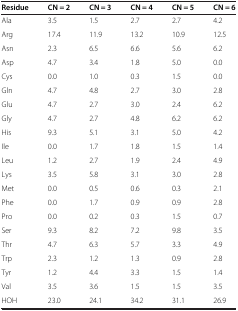
<table><thead><tr><td><b>Residue</b></td><td><b>CN?=?2</b></td><td><b>CN?=?3</b></td><td><b>CN?=?4</b></td><td><b>CN?=?5</b></td><td><b>CN?=?6</b></td></tr></thead><tbody><tr><td>Ala</td><td>3.5</td><td>1.5</td><td>2.7</td><td>2.7</td><td>4.2</td></tr><tr><td>Arg</td><td>17.4</td><td>11.9</td><td>13.2</td><td>10.9</td><td>12.5</td></tr><tr><td>Asn</td><td>2.3</td><td>6.5</td><td>6.6</td><td>5.6</td><td>6.2</td></tr><tr><td>Asp</td><td>4.7</td><td>3.4</td><td>1.8</td><td>5.0</td><td>0.0</td></tr><tr><td>Cys</td><td>0.0</td><td>1.0</td><td>0.3</td><td>1.5</td><td>0.0</td></tr><tr><td>Gln</td><td>4.7</td><td>4.8</td><td>2.7</td><td>3.0</td><td>2.8</td></tr><tr><td>Glu</td><td>4.7</td><td>2.7</td><td>3.0</td><td>2.4</td><td>6.2</td></tr><tr><td>Gly</td><td>4.7</td><td>2.7</td><td>4.8</td><td>6.2</td><td>6.2</td></tr><tr><td>His</td><td>9.3</td><td>5.1</td><td>3.1</td><td>5.0</td><td>4.2</td></tr><tr><td>Ile</td><td>0.0</td><td>1.7</td><td>1.8</td><td>1.5</td><td>1.4</td></tr><tr><td>Leu</td><td>1.2</td><td>2.7</td><td>1.9</td><td>2.4</td><td>4.9</td></tr><tr><td>Lys</td><td>3.5</td><td>5.8</td><td>3.1</td><td>3.0</td><td>2.8</td></tr><tr><td>Met</td><td>0.0</td><td>0.5</td><td>0.6</td><td>0.3</td><td>2.1</td></tr><tr><td>Phe</td><td>0.0</td><td>1.7</td><td>0.9</td><td>0.9</td><td>2.8</td></tr><tr><td>Pro</td><td>0.0</td><td>0.2</td><td>0.3</td><td>1.5</td><td>0.7</td></tr><tr><td>Ser</td><td>9.3</td><td>8.2</td><td>7.2</td><td>9.8</td><td>3.5</td></tr><tr><td>Thr</td><td>4.7</td><td>6.3</td><td>5.7</td><td>3.3</td><td>4.9</td></tr><tr><td>Trp</td><td>2.3</td><td>1.2</td><td>1.3</td><td>0.9</td><td>2.8</td></tr><tr><td>Tyr</td><td>1.2</td><td>4.4</td><td>3.3</td><td>1.5</td><td>1.4</td></tr><tr><td>Val</td><td>3.5</td><td>3.6</td><td>1.5</td><td>1.5</td><td>3.5</td></tr><tr><td>HOH</td><td>23.0</td><td>24.1</td><td>34.2</td><td>31.1</td><td>26.9</td></tr></tbody></table>